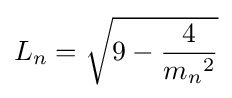
L_{n}={\sqrt {9-{\frac {4}{{m_{n}}^{2}}}}}